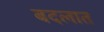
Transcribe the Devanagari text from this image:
बदलात